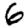
Digit: 6